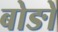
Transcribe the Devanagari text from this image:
बोङो